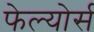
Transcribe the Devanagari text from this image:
फेल्योर्स